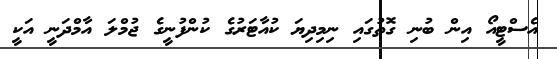
އެސްޓީއޯ އިން ބުނި ގޮތުގައި ނިމިދިޔަ ކުއާޓަރުގެ ކުންފުނީގެ ޖުމްލަ އާމްދަނީ އަކީ